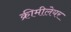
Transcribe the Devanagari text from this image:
क्रीमीलेयर